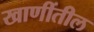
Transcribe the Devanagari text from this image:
खाणींतील